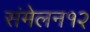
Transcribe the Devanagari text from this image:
संमेलन१२